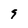
Character: 9